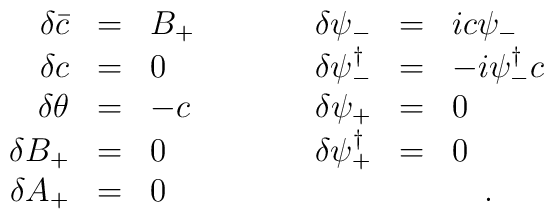
\begin{array}{rclcrcl}    \delta \bar{c} & = & B_{+} &\quad\quad & \delta \psi_{-} &=& i c    \psi_{-} \nonumber \\    \delta c & = & 0 &\quad\quad& \delta \psi_{-}^{\dag} &=& - i    \psi^{\dag}_{-}c \nonumber \\    \delta \theta &=& - c  &\quad\quad& \delta \psi_{+}  &=& 0    \nonumber \\    \delta B_{+}&=&0  &\quad\quad&  \delta\psi_{+}^{\dag} &=& 0    \nonumber \\    \delta A_{+} & = & 0 &&&& \quad .\end{array}